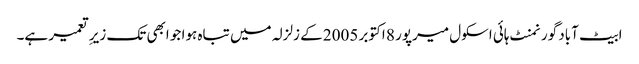
ابیٹ آباد گورنمنٹ ہائی اسکول میرپور 8 اکتوبر 2005 کے زلزلہ میں تباہ ہوا جو ابھی تک زیرِ تعمیر ہے۔